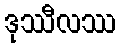
ဒုဿီလဿ